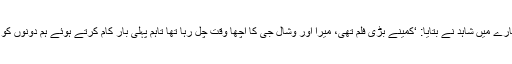
وشال بھردواج کے ساتھ اپنی دس سالہ رفاقت کے بارے میں شاہد نے بتایا: ‘کمینے بڑی فلم تھی، میرا اور وشال جی کا اچھا وقت چل رہا تھا تاہم پہلی بار کام کرتے ہوئے ہم دونوں کو ایک دوسرے کے ساتھ ایڈجسٹ ہونے میں وقت لگا۔